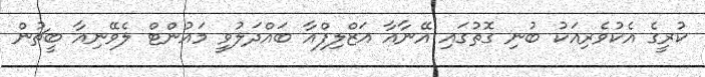
ކުރީގެ އެކުވެރިއަކު ބުނި ގޮތުގައި އޭނާއާ އަޒްލިފްއާ ބައްދަލުވީ މައުންޓް ލެވޭނިއާ ބީޗުން